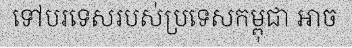
ទៅបរទេសរបស់ប្រទេសកម្ពុជា អាច